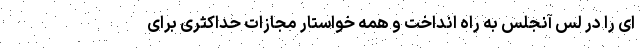
ای را در لس آنجلس به راه انداخت و همه خواستار مجازات حداکثری برای